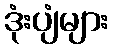
ဒုံးပျံများ